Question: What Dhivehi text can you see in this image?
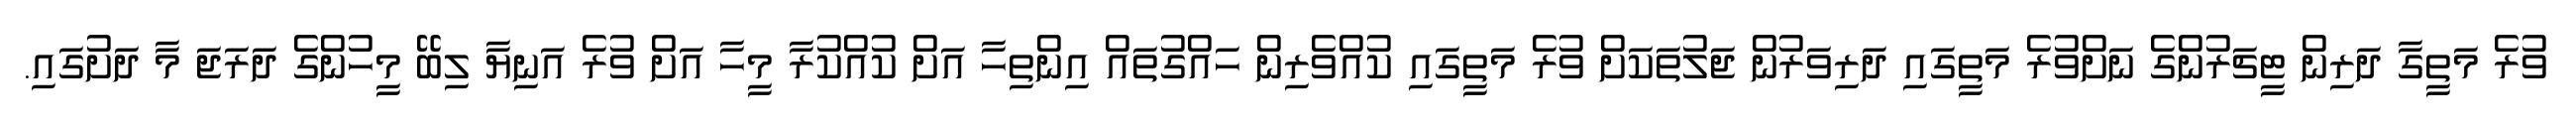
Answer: ވުރެ މަތީގާ ދަރިން ޓީޗަރުންގެ ނަށްވުރެ މަތީގައި ދަރިވަރުން ޖަލުތަކަށް ވުރެ މަތީގައި ކުއްވެރިން ހައްގުތައް އިންތިހާ އަށް ކުއްކުރާ މީހާ އަށް ވުރެ އަނިޔާ ލިބޭ މީހުންގެ ދަރަޖަ މާ ދަށުގައި.